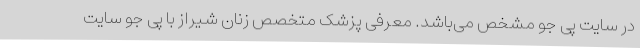
در سایت پی جو مشخص می‌باشد. معرفی پزشک متخصص زنان شیراز با پی جو سایت